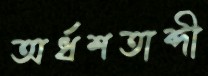
অর্ধশতাব্দী